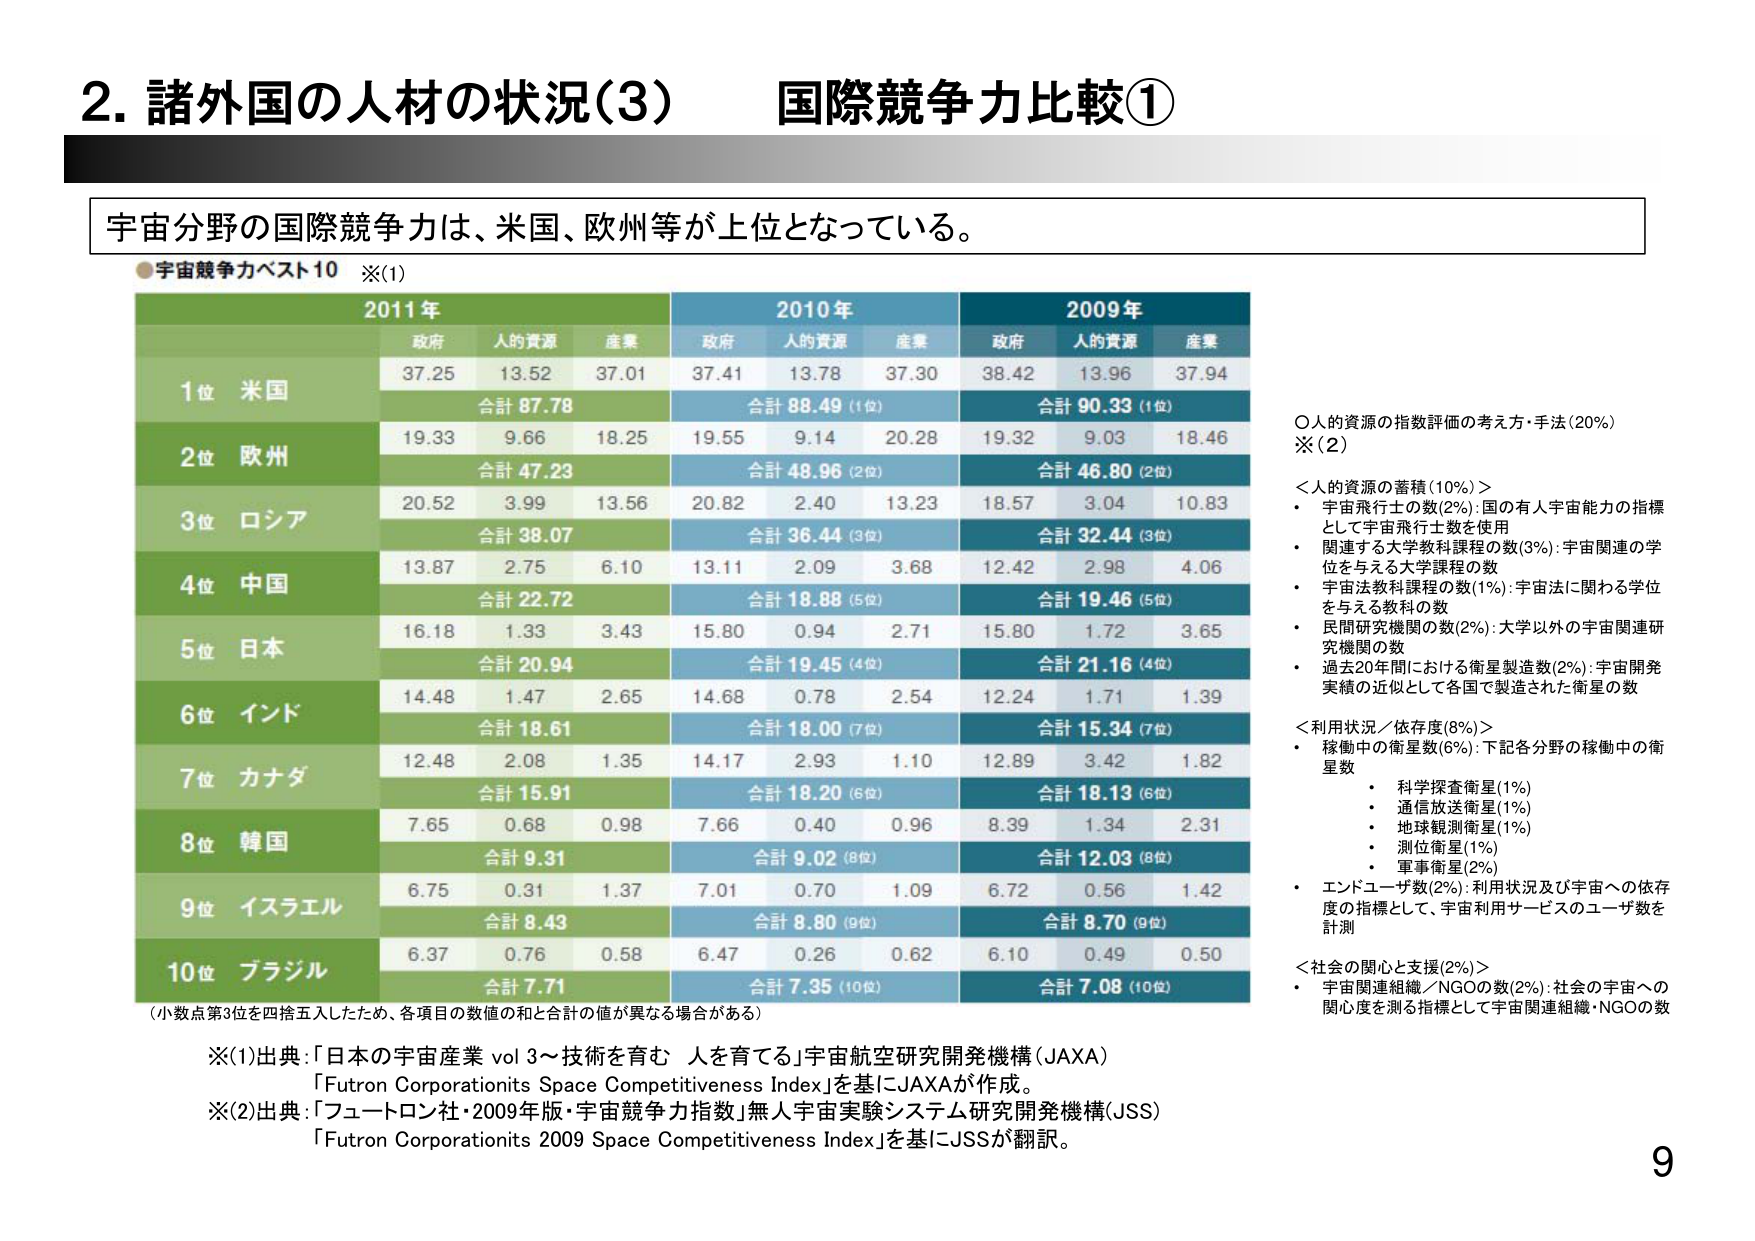
2. 諸外国の人材の状況(3) 国際競争力比較①

宇宙分野の国際競争力は、米国、欧州等が上位となっている。

●宇宙競争力ベスト10 ※(1)

2011年
政府 人的資源 産業
1位 米国 37.25 13.52 37.01 合計 87.78
2位 欧州 19.33 9.66 18.25 合計 47.23
3位 ロシア 20.52 3.99 13.56 合計 38.07
4位 中国 13.87 2.75 6.10 合計 22.72
5位 日本 16.18 1.33 3.43 合計 20.94
6位 インド 14.48 1.47 2.65 合計 18.61
7位 カナダ 12.48 2.08 1.35 合計 15.91
8位 韓国 7.65 0.68 0.98 合計 9.31
9位 イスラエル 6.75 0.31 1.37 合計 8.43
10位 ブラジル 6.37 0.76 0.58 合計 7.71

2010年
政府 人的資源 産業
37.41 13.78 37.30 合計 88.49 (1位)
19.55 9.14 20.28 合計 48.96 (2位)
20.82 2.40 13.23 合計 36.44 (3位)
13.11 2.09 3.68 合計 18.88 (5位)
15.80 0.94 2.71 合計 19.45 (4位)
14.68 0.78 2.54 合計 18.00 (7位)
14.17 2.93 1.10 合計 18.20 (6位)
7.66 0.40 0.96 合計 9.02 (8位)
7.01 0.70 1.09 合計 8.80 (9位)
6.47 0.26 0.62 合計 7.35 (10位)

2009年
政府 人的資源 産業
38.42 13.96 37.94 合計 90.33 (1位)
19.32 9.03 18.46 合計 46.80 (2位)
18.57 3.04 10.83 合計 32.44 (3位)
12.42 2.98 4.06 合計 19.46 (5位)
15.80 1.72 3.65 合計 21.16 (4位)
12.24 1.71 1.39 合計 15.34 (7位)
12.89 3.42 1.82 合計 18.13 (6位)
8.39 1.34 2.31 合計 12.03 (8位)
6.72 0.56 1.42 合計 8.70 (9位)
6.10 0.49 0.50 合計 7.08 (10位)

（小数点第3位を四捨五入したため、各項目の数値の和と合計の値が異なる場合がある）

○人的資源の指数評価の考え方・手法(20%)
※(2)

＜人的資源の蓄積(10%)＞
・宇宙飛行士の数(2%):国の有人宇宙能力の指標として宇宙飛行士数を使用
・関連する大学教科課程の数(3%):宇宙関連の学位を与える大学課程の数
・宇宙法教科課程の数(1%):宇宙法に関わる学位を与える教科の数
・民間研究機関の数(2%):大学以外の宇宙関連研究機関の数
・過去20年間における衛星製造数(2%):宇宙開発実績の近似として各国で製造された衛星の数

＜利用状況／依存度(8%)＞
・稼働中の衛星数(6%):下記各分野の稼働中の衛星数
　・科学探査衛星(1%)
　・通信放送衛星(1%)
　・地球観測衛星(1%)
　・測位衛星(1%)
　・軍事衛星(2%)
・エンドユーザ数(2%):利用状況及び宇宙への依存度の指標として、宇宙利用サービスのユーザ数を計測

＜社会の関心と支援(2%)＞
・宇宙関連組織／NGOの数(2%):社会の宇宙への関心度を測る指標として宇宙関連組織・NGOの数

※(1)出典:「日本の宇宙産業 vol 3～技術を育む 人を育てる」宇宙航空研究開発機構(JAXA)
「Futron Corporations Space Competitiveness Index」を基にJAXAが作成。

※(2)出典:「フュートロン社・2009年版・宇宙競争力指数」無人宇宙実験システム研究開発機構(JSS)
「Futron Corporations 2009 Space Competitiveness Index」を基にJSSが翻訳。

9